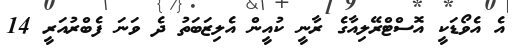
އެ އެވޯޑަކީ އޮސްޓްރޭލިއާގެ ރާނީ ކުއީން އެލިޒަބަތު ދެ ވަނަ ފެބްރުއަރީ 14